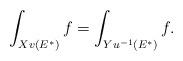
LaTeX: \begin{align*} \int_{Xv(E^*)} f = \int_{Yu^{-1}(E^*)}f. \end{align*}